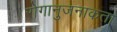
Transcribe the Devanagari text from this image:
रोगानुजनाकता